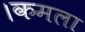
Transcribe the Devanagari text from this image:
।कमला